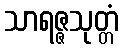
သာရဇ္ဇသုတ္တံ